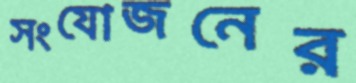
সংযোজনের